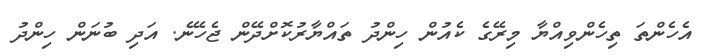
އެހެންތަ ތިހެންވިއްޔާ މިރޭގެ ކެއުން ހިންދު ތައްޔާރުކޮށްދޭން ޖެހޭނެ. އަދި ބުނަން ހިންދު